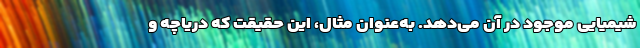
شیمیایی موجود در آن می‌دهد. به‌عنوان مثال، این حقیقت که دریاچه و